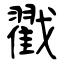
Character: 戳